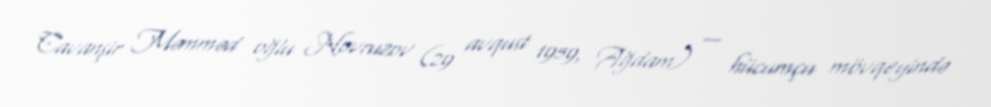
Cavanşir Məmməd oğlu Novruzov (29 avqust 1959, Ağdam) — hücumçu mövqeyində